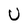
Character: U